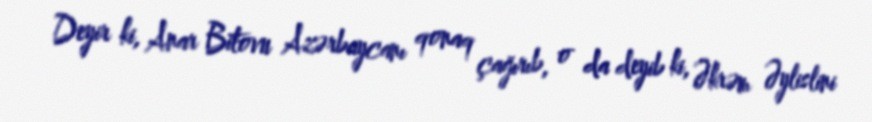
Deyir ki, Anar Bitovu Azərbaycanı qonaq çağırıb, o da deyib ki, Əkrəm Əylislini